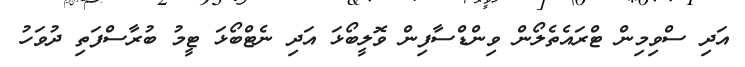
އަދި ސްވިމިން ޓްރައެތެލޯން ވިންޑްސާފިން ވޮލީބޯޅަ އަދި ނެޓްބޯޅަ ޓީމު ބުރާސްފަތި ދުވަހު